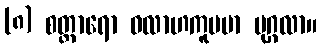
(၈) စတ္တာရော ဝလာဟကူပမာ ပုဂ္ဂလာ။